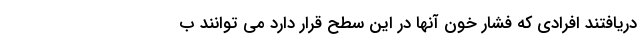
دریافتند افرادی که فشار خون آنها در این سطح قرار دارد می توانند ب